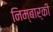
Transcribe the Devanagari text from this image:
निम्बार्की